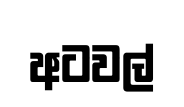
අටවල්